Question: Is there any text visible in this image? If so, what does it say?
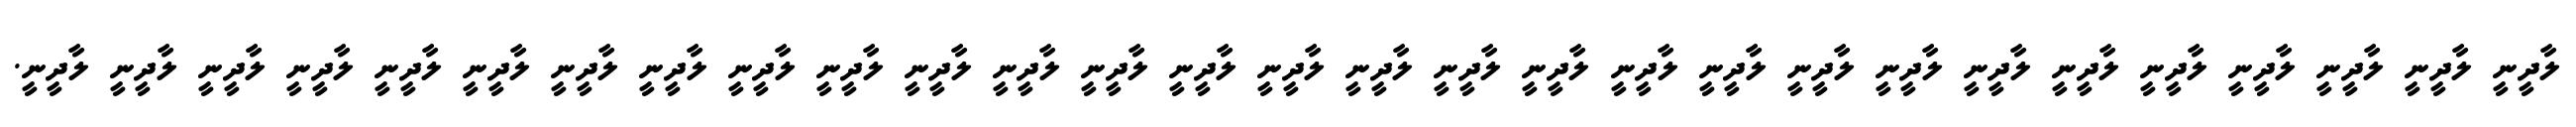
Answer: ލާދީނީ ލާދީނީ ލާދީނީ ލާދީނީ ލާދީނީ ލާދީނީ ލާދީނީ ލާދީނީ ލާދީނީ ލާދީނީ ލާދީނީ ލާދީނީ ލާދީނީ ލާދީނީ ލާދީނީ ލާދީނީ ލާދީނީ ލާދީނީ ލާދީނީ ލާދީނީ ލާދީނީ ލާދީނީ ލާދީނީ ލާދީނީ ލާދީނީ ލާދީނީ ލާދީނީ ލާދީނީ ލާދީނީ.